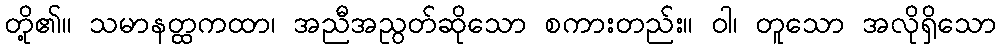
တို့၏။ သမာနတ္ထကထာ၊ အညီအညွတ်ဆိုသော စကားတည်း။ ဝါ၊ တူသော အလိုရှိသော